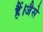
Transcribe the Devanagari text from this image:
हैं।जैसे